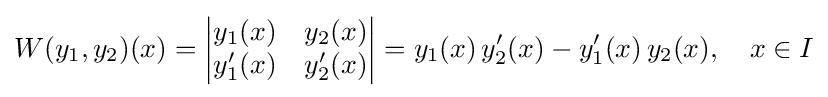
W(y_{1},y_{2})(x)={\begin{vmatrix}y_{1}(x)&y_{2}(x)\\y'_{1}(x)&y'_{2}(x)\end{vmatrix}}=y_{1}(x)\,y'_{2}(x)-y'_{1}(x)\,y_{2}(x),\quad x\in I